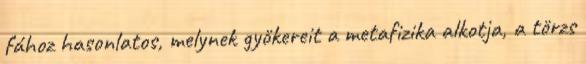
fához hasonlatos, melynek gyökereit a metafizika alkotja, a törzs